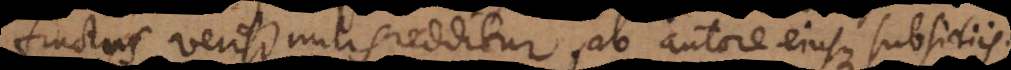
Fructus verisimilis redditur, ab autore ejusque subsidiis;